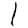
Digit: 1